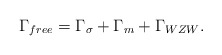
\begin{align*}\Gamma_{free} = \Gamma_\sigma + \Gamma_m + \Gamma_{WZW}.\end{align*}